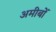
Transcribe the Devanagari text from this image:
अमीबों